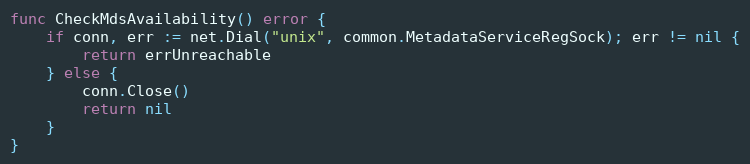
Language: Go
func CheckMdsAvailability() error {
	if conn, err := net.Dial("unix", common.MetadataServiceRegSock); err != nil {
		return errUnreachable
	} else {
		conn.Close()
		return nil
	}
}